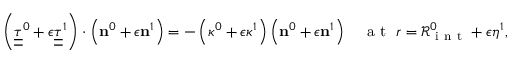
\left( \underline { { \underline { { { \tau } } } } } ^ { 0 } + \epsilon \underline { { \underline { { { \tau } } } } } ^ { 1 } \right) \cdot \left( { \bf n } ^ { 0 } + \epsilon { \bf n } ^ { 1 } \right) = - \left( \kappa ^ { 0 } + \epsilon \kappa ^ { 1 } \right) \left( { \bf n } ^ { 0 } + \epsilon { \bf n } ^ { 1 } \right) \quad \mathrm { ~ a ~ t ~ } \ r = \mathcal { R } _ { \mathrm { ~ i ~ n ~ t ~ } } ^ { 0 } + \epsilon \eta ^ { 1 } ,